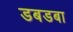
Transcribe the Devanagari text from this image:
डबडबा